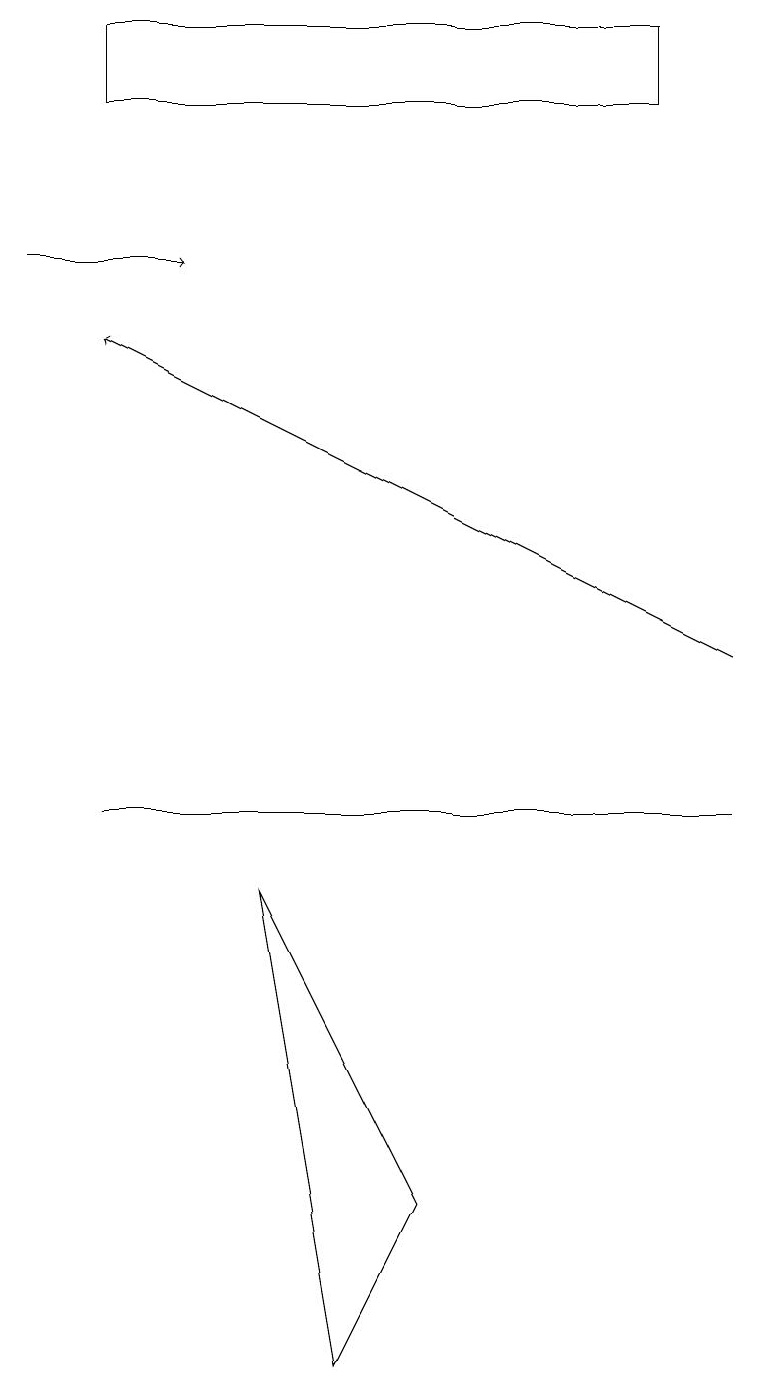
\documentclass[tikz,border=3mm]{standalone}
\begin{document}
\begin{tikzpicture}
\draw (1,9) -- (4,9) -- (9,9) -- cycle;
\draw[->] (0,16) -- (2,16);
\draw[->] (9,11) -- (1,15);
\draw (1,19) rectangle (8,18);
\draw (3,8) -- (4,2) -- (5,4) -- cycle;
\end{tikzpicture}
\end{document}